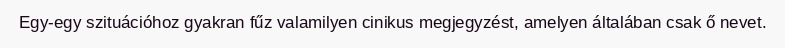
Egy-egy szituációhoz gyakran fűz valamilyen cinikus megjegyzést, amelyen általában csak ő nevet.